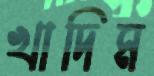
খাদিম